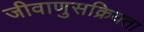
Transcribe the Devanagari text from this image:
जीवाणुसक्रियता